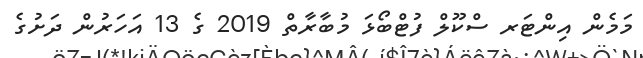
މަމެން އިންޓަރ ސްކޫލް ފުޓްބޯޅަ މުބާރާތް 2019 ގެ 13 އަހަރުން ދަށުގެ